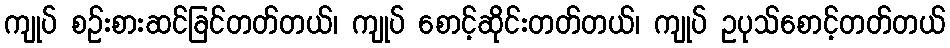
ကျုပ် စဉ်းစားဆင်ခြင်တတ်တယ်၊ ကျုပ် စောင့်ဆိုင်းတတ်တယ်၊ ကျုပ် ဥပုသ်စောင့်တတ်တယ်